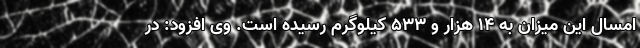
امسال این میزان به ۱۴ هزار و ۵۳۳ کیلوگرم رسیده است. وی افزود: در